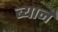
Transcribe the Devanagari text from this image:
ब्यार्ने